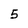
Character: 5